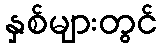
နှစ်များတွင်